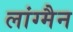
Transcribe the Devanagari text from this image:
लांग्मैन